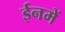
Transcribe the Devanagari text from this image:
ईनमें